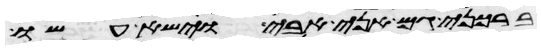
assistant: ברכני גם אני אבי וישא עשו